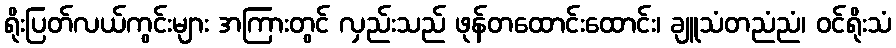
ရိုးပြတ်လယ်ကွင်းများ အကြားတွင် လှည်းသည် ဖုန်တထောင်းထောင်း၊ ချူသံတညံညံ၊ ဝင်ရိုးသံ